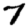
Digit: 7